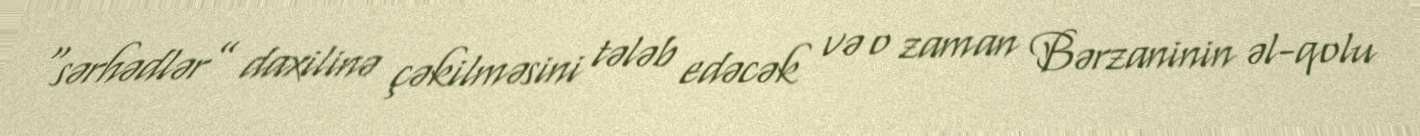
“sərhədlər” daxilinə çəkilməsini tələb edəcək və o zaman Bərzaninin əl-qolu